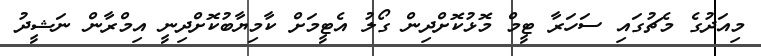
މިއަދުގެ މެޗުގައި ސަހަރާ ޓީމް މޮޅުކޮށްދިން ގޯލު އެޓީމަށް ކާމިޔާބުކޮށްދިނީ އިމްރާން ނަޝީދު